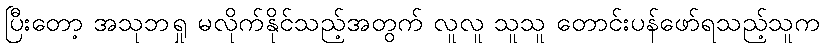
ပြီးတော့ အသုဘရှု မလိုက်နိုင်သည့်အတွက် လူလူ သူသူ တောင်းပန်ဖော်ရသည့်သူက